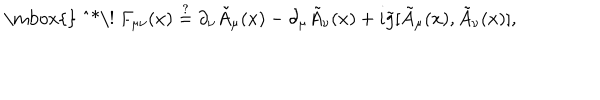
\mathrm { \mathrm { } ~ ^ { * } \! ~ } F _ { \mu \nu } ( x ) \stackrel { ? } { = } \partial _ { \nu } \tilde { A } _ { \mu } ( x ) - \partial _ { \mu } \tilde { A } _ { \nu } ( x ) + i \tilde { g } [ \tilde { A } _ { \mu } ( x ) , \tilde { A } _ { \nu } ( x ) ] ,